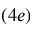
( 4 e )